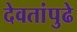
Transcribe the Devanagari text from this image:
देवतांपुढे